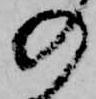
の